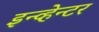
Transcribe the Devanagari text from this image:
इन्व्हेन्टर